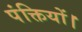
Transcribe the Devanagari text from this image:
पंक्तियों।